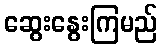
ဆွေးနွေးကြမည်